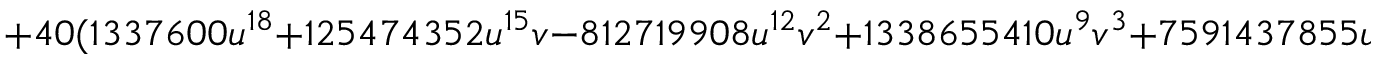
+ 4 0 ( 1 3 3 7 6 0 0 u ^ { 1 8 } + 1 2 5 4 7 4 3 5 2 u ^ { 1 5 } v - 8 1 2 7 1 9 9 0 8 u ^ { 1 2 } v ^ { 2 } + 1 3 3 8 6 5 5 4 1 0 u ^ { 9 } v ^ { 3 } + 7 5 9 1 4 3 7 8 5 5 u ^ { 6 } v ^ { 4 }